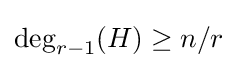
\deg _{r-1}(H)\geq n/r